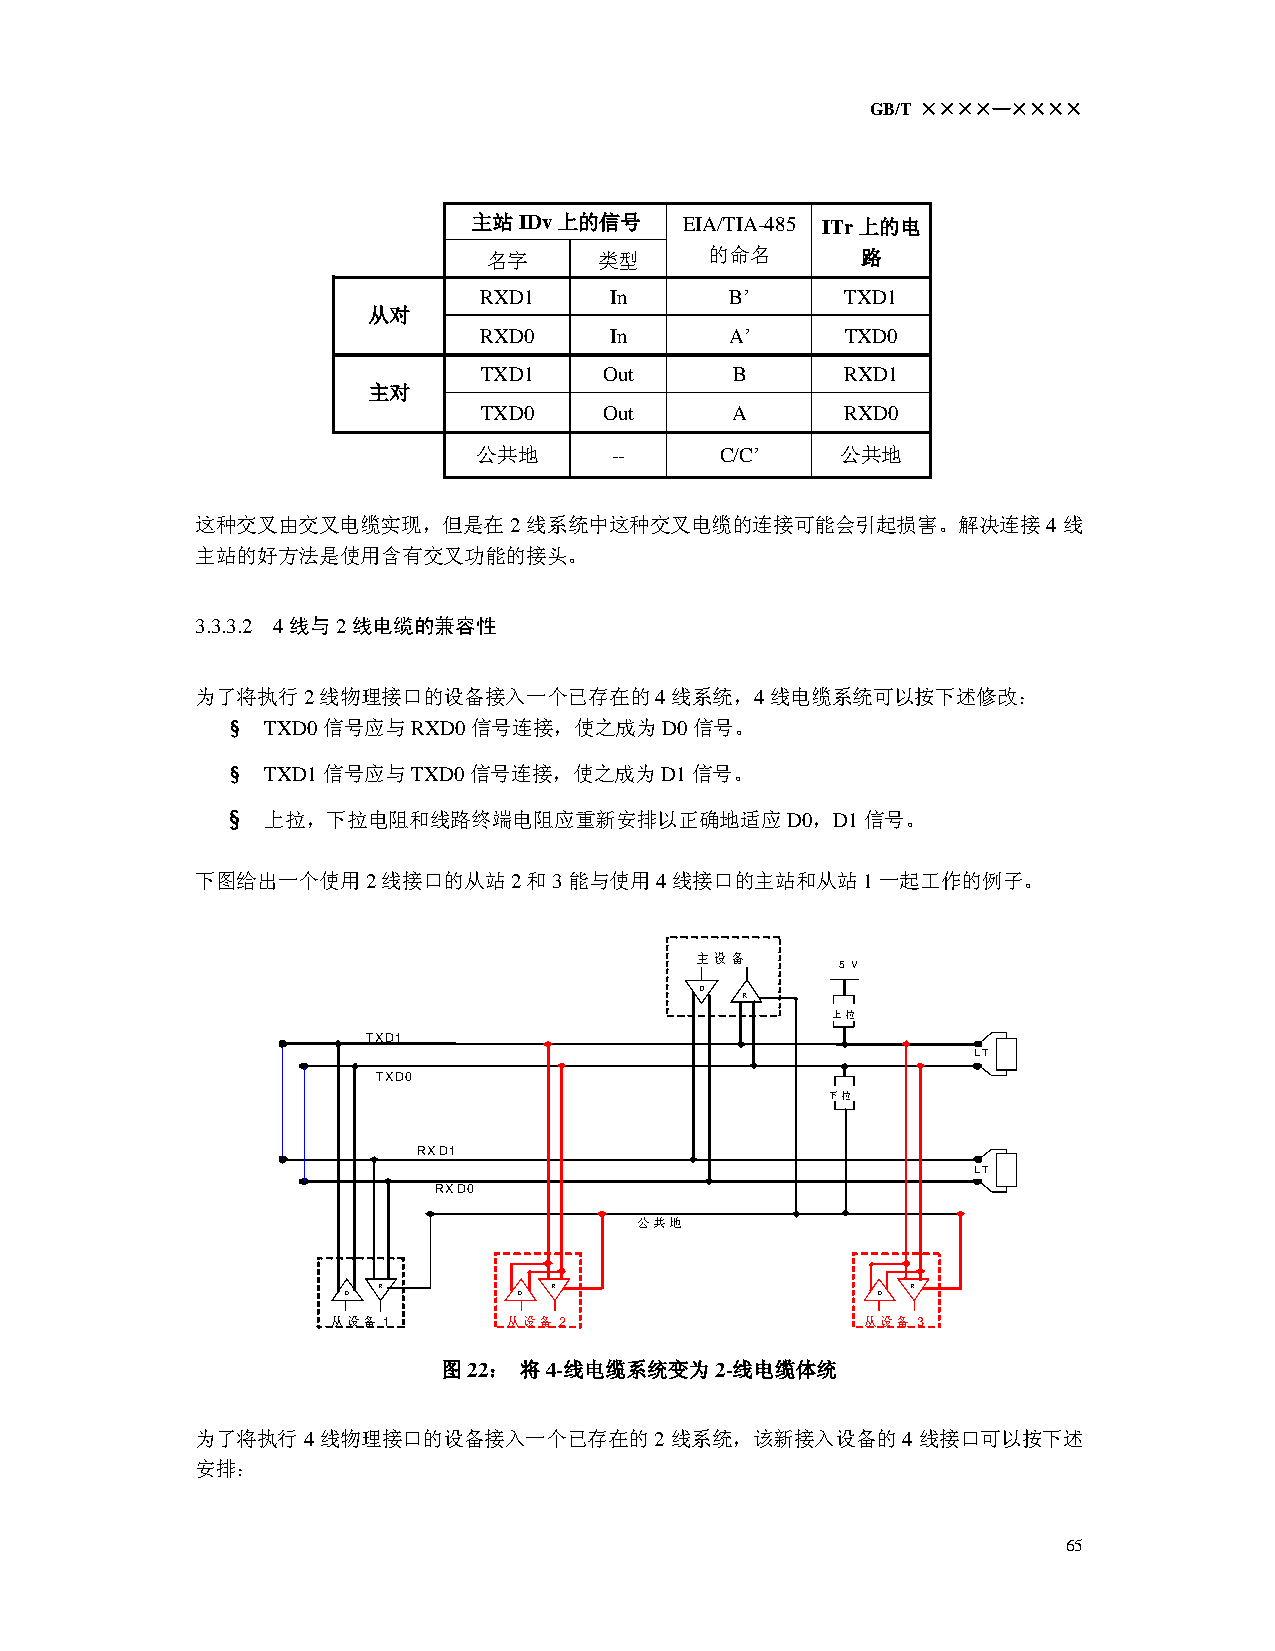
GB/T ××××—××××
 主站IDv上的信号     EIA/TIA-485 ITr上的电
 名字      类型     的命名       路
 RXD1    In      B’      TXD1
 从对
 RXD0    In      A’      TXD0
 TXD1    Out     B       RXD1
 主对
 TXD0    Out     A       RXD0
 公共地     --      C/C’    公共地
 这种交叉由交叉电缆实现，但是在2线系统中这种交叉电缆的连接可能会引起损害。解决连接4线
 主站的好方法是使用含有交叉功能的接头。
 3.3.3.2 4 线与2线电缆的兼容性
 为了将执行2线物理接口的设备接入一个已存在的4线系统，4线电缆系统可以按下述修改：
 §  TXD0信号应与RXD0信号连接，使之成为D0信号。
 §  TXD1信号应与TXD0信号连接，使之成为D1信号。
 §  上拉，下拉电阻和线路终端电阻应重新安排以正确地适应D0，D1信号。
 下图给出一个使用2线接口的从站2和3能与使用4线接口的主站和从站1一起工作的例子。
 主设备
 5 V
 D
 R
 上拉
 TXD1
 LT
 TXD0
 下拉
 RXD1
 LT
 RXD0
 公共地
 R           R                      R
 D          D                       D
 从设备 1       从设备 2                  从设备 3
 图22： 将4-线电缆系统变为2-线电缆体统
 为了将执行4线物理接口的设备接入一个已存在的2线系统，该新接入设备的4线接口可以按下述
 安排：
 65